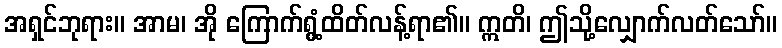
အရှင်ဘုရား။ အာမ၊ အို ကြောက်ရွံ့ထိတ်လန့်ရာ၏။ ဣတိ၊ ဤသို့လျှောက်လတ်သော်။